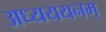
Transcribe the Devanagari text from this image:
अध्यययनम्